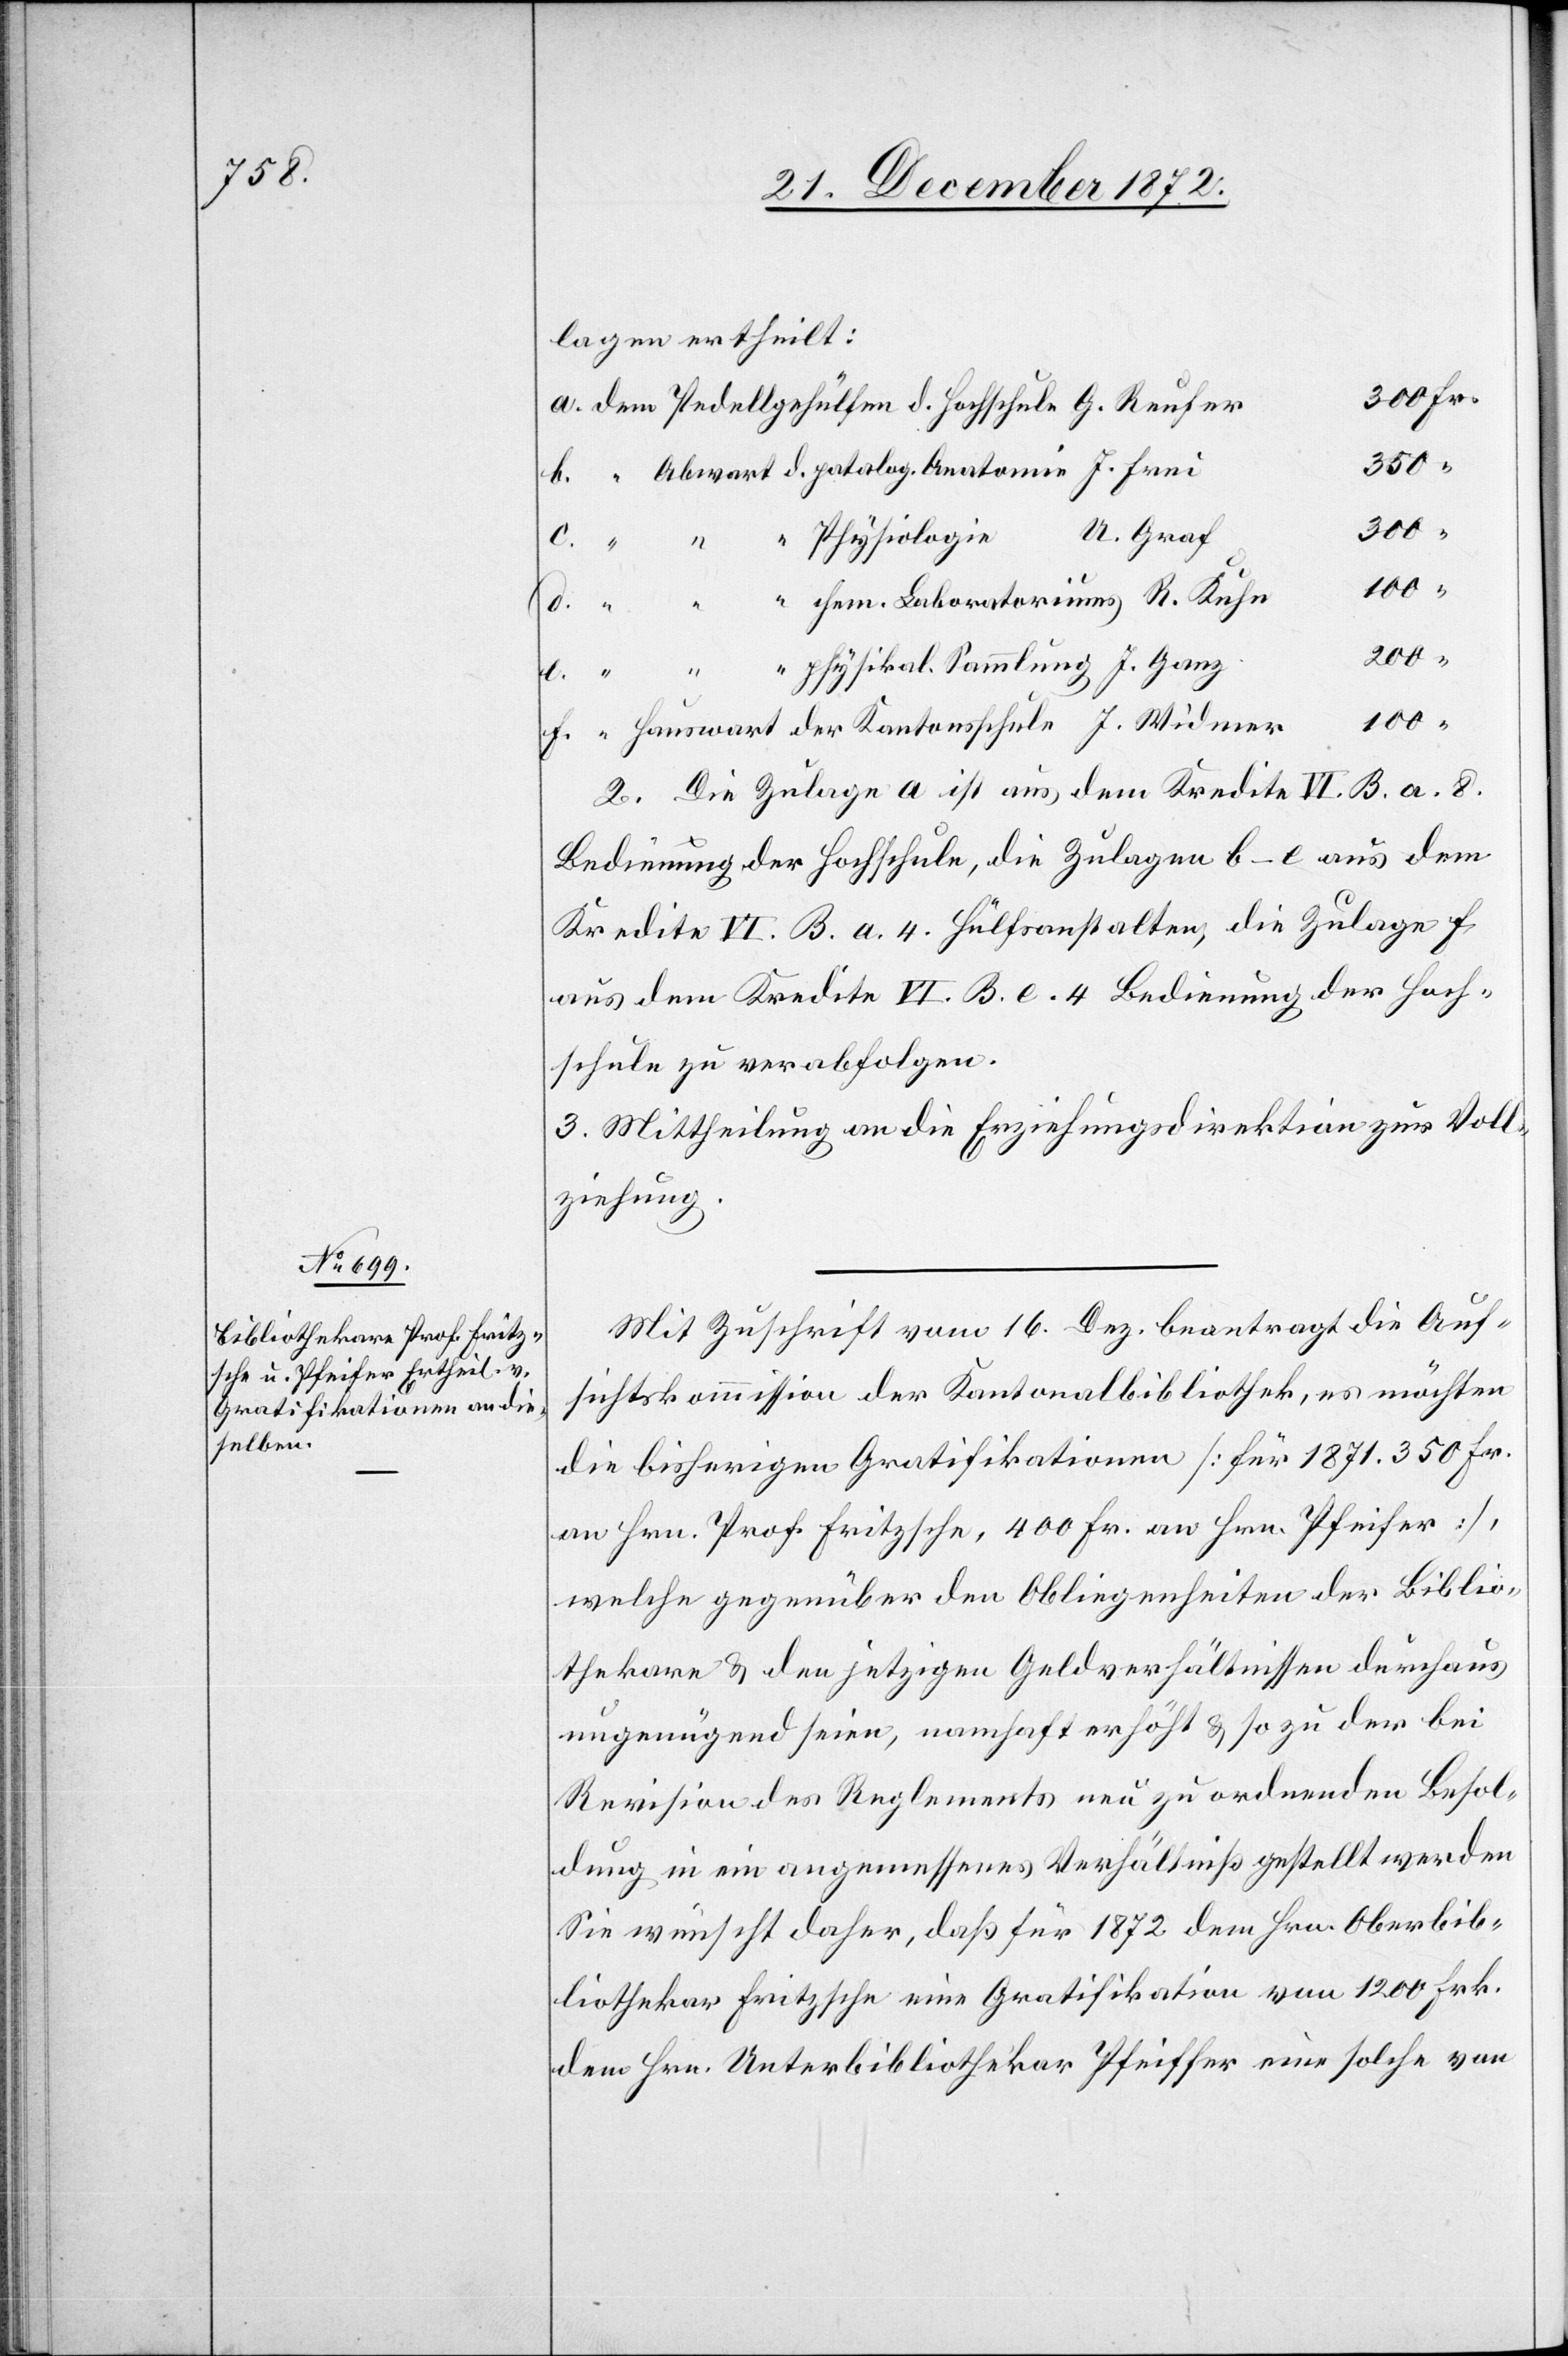
lagen ertheilt:
350
Widmer
U. Graf
Physiologie
100
200
physikal. Sammlung J. Ganz
f.
2. Die Zulage a ist aus dem Kredite VI. B. a. 8.
Bedienung der Hochschule, die Zulagen b–e aus dem
Kredite VI. B. a. 4. Hülfsanstalten, die Zulage f
aus dem Kredite VI. B. e. 4. Bedienung der Hoch¬
schule zu verabfolgen.
3. Mittheilung an die Erziehungsdirektion zur Voll¬
ziehung.
Mit Zuschrift vom 16. Dez. beantragt die Auf¬
sichtskommission der Kantonalbibliothek, es möchten
die bisherigen Gratifikationen [für 1871. 350 Fr.
an Hrn. Prof. Fritzsche, 400 Fr. an Hrn. Pfeifer],
welche gegenüber den Obliegenheiten der Biblio¬
thekare u. den jetzigen Geldverhältnissen durchaus
ungenügend seien, namhaft erhöht u. so zu der bei
Revision des Reglements neu zu ordnenden Besol¬
dung in ein angemessenes Verhältniß gestellt werden.
Sie wünscht daher, daß für 1872 dem Hrn. Oberbib¬
liothekar Fritzsche eine Gratifikation von 1200 Frk.
dem Hrn. Unterbibliothekar Pfeiffer [sic!] eine solche von